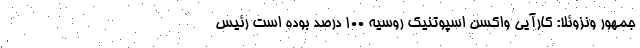
جمهور ونزوئلا: کارآیی واکسن اسپوتنیک روسیه ۱۰۰ درصد بوده است رئیس